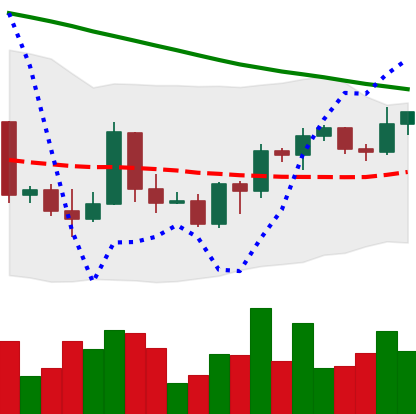
Ticker: BTC-USD
Chart end date: 2022-03-23
Forward return: 9.873%
Label: up_7plus